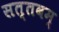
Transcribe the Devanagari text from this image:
सत्तवम्‌